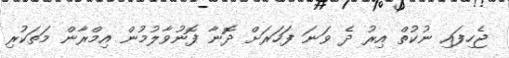
ޖެހިފައި ނުކުތް އިރު ދެ ވަނަ ފަހަރަށް ދޮނާ ފޮނުވާލުމުން އިމްރާން މަތަކުރި